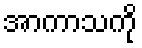
အာကာသကို